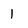
Character: 1